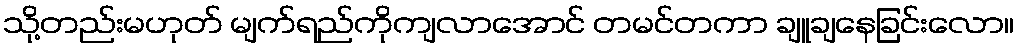
သို့တည်းမဟုတ် မျက်ရည်ကိုကျလာအောင် တမင်တကာ ချူချနေခြင်းလော။